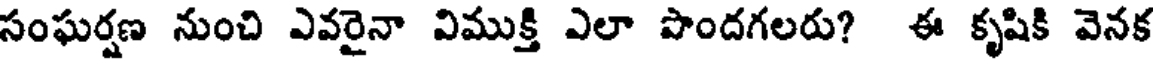
సంఘర్షణ నుంచి ఎవరైనా విముక్తి ఎలా పొందగలరు? ఈ కృషికి వెనక